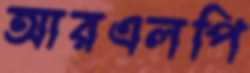
আরএলপি